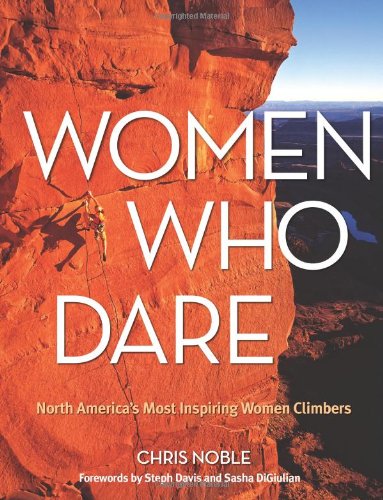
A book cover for Women Who Dare: North America's Most Inspiring Women Climbers; Chris Noble; Sports & Outdoors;